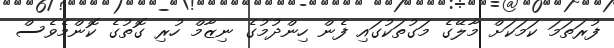
ފުރަތަމަ ކަމަކަށް މާލޭގެ މަގުތަކުގައި ފެން ހިންދުމުގެ ނިޒާމް ހުރި ގޮތުގެ ކޮންމެވެސް